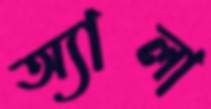
অ্যালা